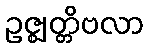
ဥဇ္ဈတ္တိဗလာ